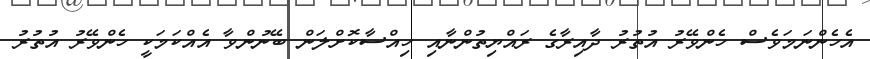
އެހެންނަމަވެސް ހެންވޭރު އުތުރު ދާއިރާގެ ރައްޔިތުންނާއި ހިއްސާކޮށްލަން ބޭނުންވާ އެއްކަމަކީ ހެންވޭރު އުތުރު